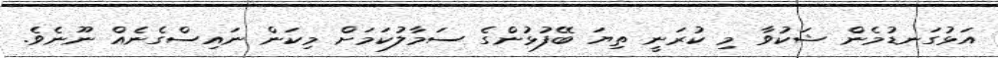
އަޅުގަނޑުމެން ޝަކުވާ މި ކުރަނީ ތިޔަ ބޭފުޅުންގެ ސަމާލުކަމަށް މިކަން ނައިސްގެނެއް ނޫނެވެ.